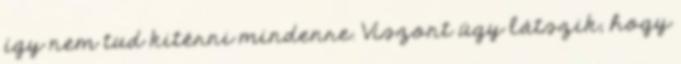
így nem tud kitérni mindenre. Viszont úgy látszik, hogy